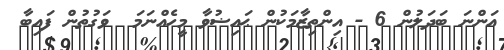
އަންނަ ބަދަލުން 6 - އިންތިޒާމަކުން ޙައިޟުވާ މީހެއްނަމަ  ވަގުތުން ފައިބާ